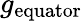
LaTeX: g_{\mathrm{equator}}